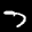
Label: 7